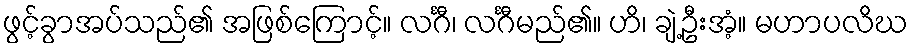
ဖွင့်ခွာအပ်သည်၏ အဖြစ်ကြောင့်။ လင်္ဂီ၊ လင်္ဂီမည်၏။ ဟိ၊ ချဲ့ဦးအံ့။ မဟာပလိဃ